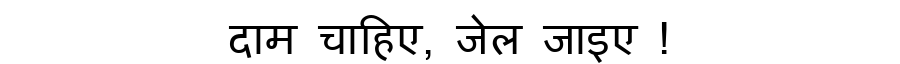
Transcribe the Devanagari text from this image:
दाम चाहिए, जेल जाइए !